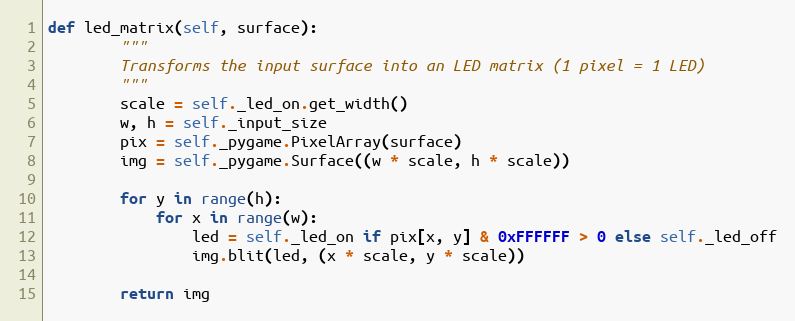
Language: Python
def led_matrix(self, surface):
        """
        Transforms the input surface into an LED matrix (1 pixel = 1 LED)
        """
        scale = self._led_on.get_width()
        w, h = self._input_size
        pix = self._pygame.PixelArray(surface)
        img = self._pygame.Surface((w * scale, h * scale))

        for y in range(h):
            for x in range(w):
                led = self._led_on if pix[x, y] & 0xFFFFFF > 0 else self._led_off
                img.blit(led, (x * scale, y * scale))

        return img